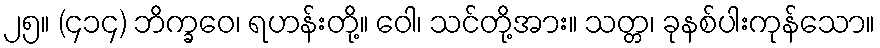
၂၅။ (၄၁၄) ဘိက္ခဝေ၊ ရဟန်းတို့။ ဝေါ၊ သင်တို့အား။ သတ္တ၊ ခုနစ်ပါးကုန်သော။